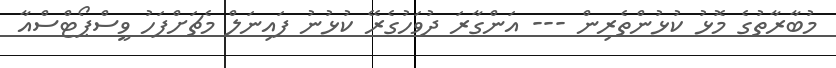
މުބާރާތުގެ މޮޅު ކުޅުންތެރިން --- އަންގާރަ ދުވަހުގެރޭ ކުޅުނު ފައިނަލް މެޗަށްފަހު ވީސްޕޯޓްސްއާ